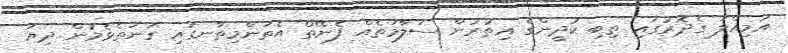
އަމިއްލަ ގެދޮރުގައި ތިބި ކުދީންގެ އިތުރުން ސަލާމަތެއް ފެނޭތޯ އެތަންމިތާނގައި ގަނަތެޅެމުން ދިޔަ